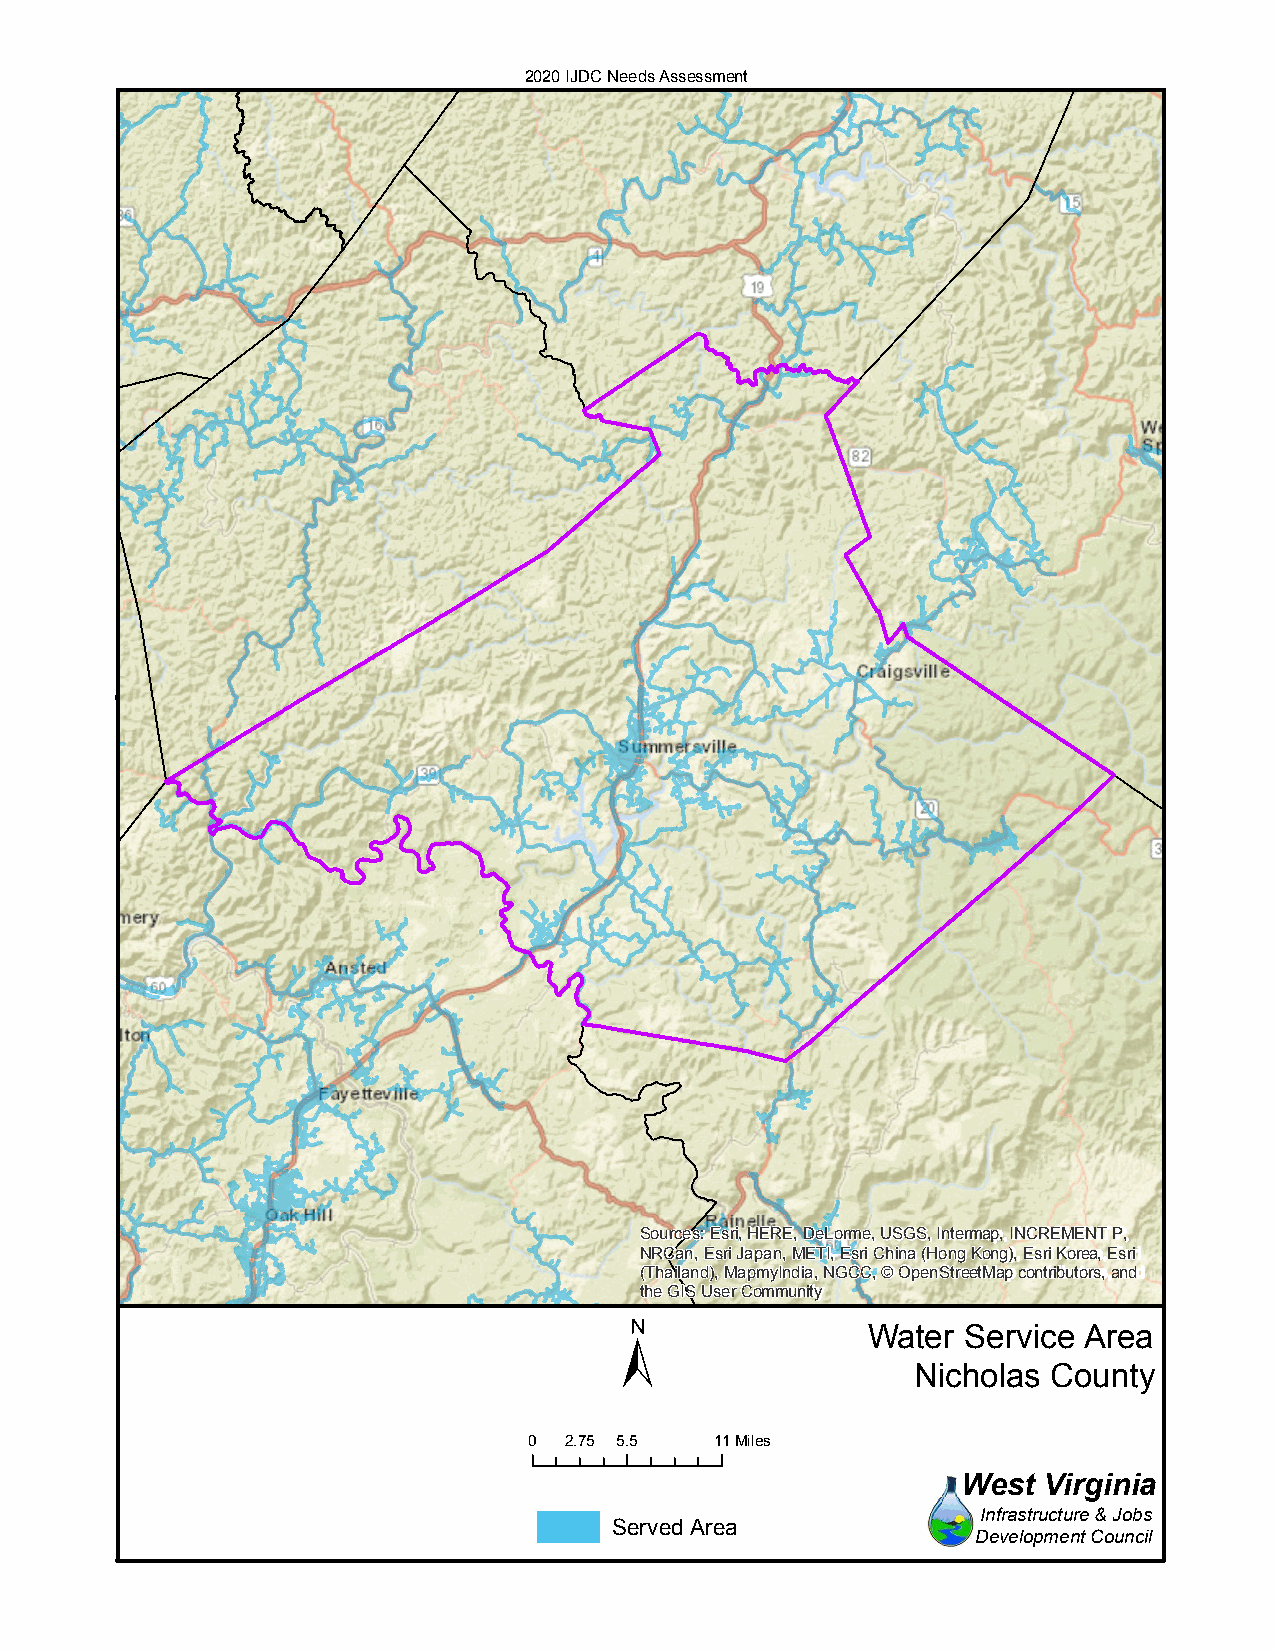
2020 IJDC Needs Assessment
 Sources: Esri, HERE, DeLorme, USGS, Intermap, INCREMENT P,
 NRCan, Esri Japan, METI, Esri China (Hong Kong), Esri Korea, Esri
 (Thailand), MapmyIndia, NGCC, © OpenStreetMap contributors, and
 the GIS User Community
 ±
 Water  Service Area
 Nicholas  County
 0 2.75 5.5  11Miles
 West Virginia
 Infrastructure & Jobs
 Served Area
 Development Council